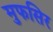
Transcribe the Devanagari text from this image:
मुफसिर